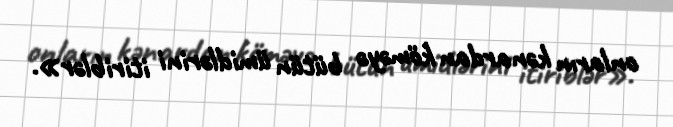
onların kənardan köməyə bütün ümidlərini itiriblər».